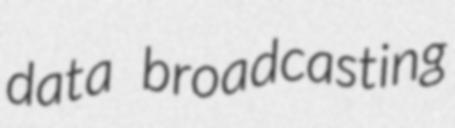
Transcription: data broadcasting